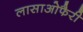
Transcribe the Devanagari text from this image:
लासाओफैरी